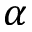
\alpha